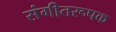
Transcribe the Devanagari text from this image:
संगीतरूपक